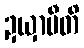
ဍယှာမီတိ